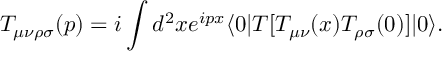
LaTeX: T _ { \mu \nu \rho \sigma } ( p ) = i \int d ^ { 2 } x e ^ { i p x } \langle 0 \vert T \lbrack T _ { \mu \nu } ( x ) T _ { \rho \sigma } ( 0 ) \rbrack \vert 0 \rangle .